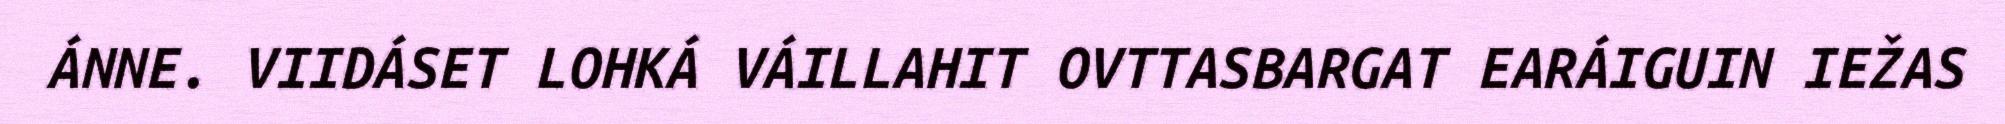
ÁNNE. VIIDÁSET LOHKÁ VÁILLAHIT OVTTASBARGAT EARÁIGUIN IEŽAS